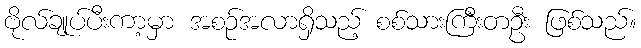
ဗိုလ်ချုပ်ပီးကာ့မှာ အစဉ်အလာရှိသည့် စစ်သားကြီးတဦး ဖြစ်သည်။